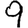
Digit: 9